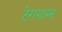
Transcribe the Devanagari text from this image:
टेराग्राम्स